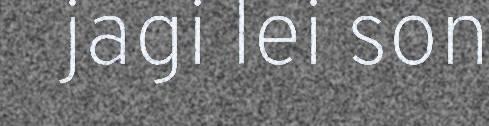
jagi lei son